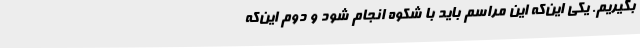
بگیریم. یکی این‌که این مراسم باید با شکوه انجام شود و دوم این‌که